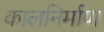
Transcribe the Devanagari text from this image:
कालनिर्माण